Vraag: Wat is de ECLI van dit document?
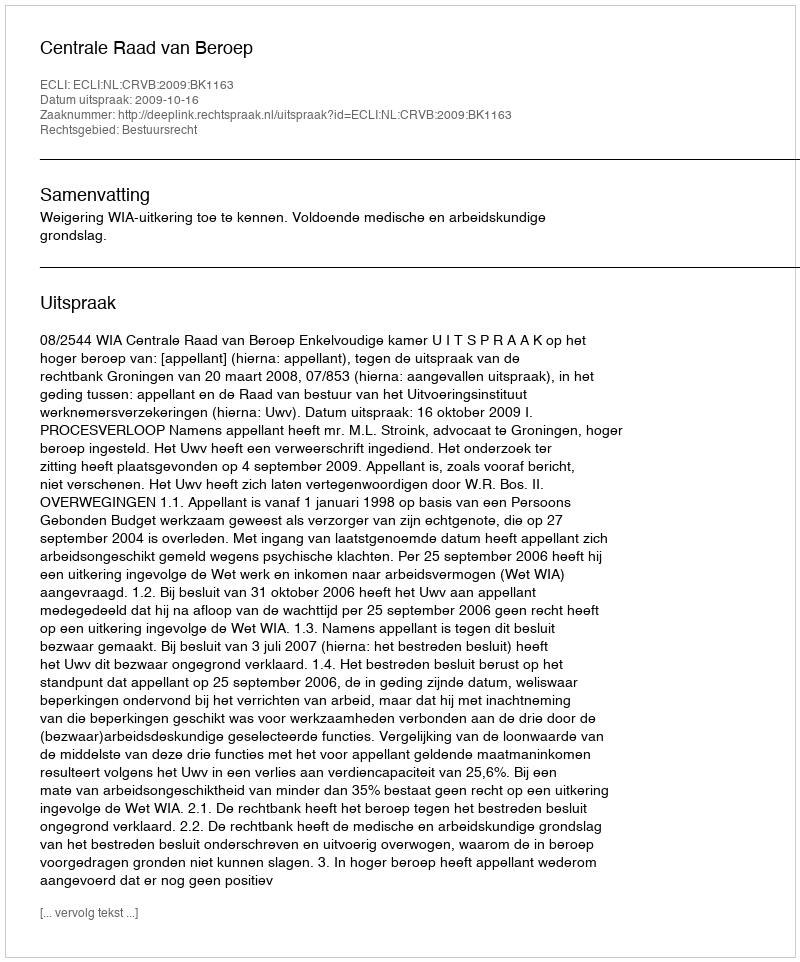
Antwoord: ECLI:NL:CRVB:2009:BK1163